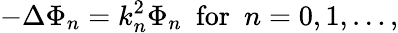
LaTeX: -\Delta\Phi_{n}=k_{n}^{2}\Phi_{n}\, \, \, \mathrm{for}\, \, \, n=0,1,\ldots,